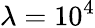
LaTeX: \lambda=10^{4}